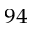
^ { 9 4 }